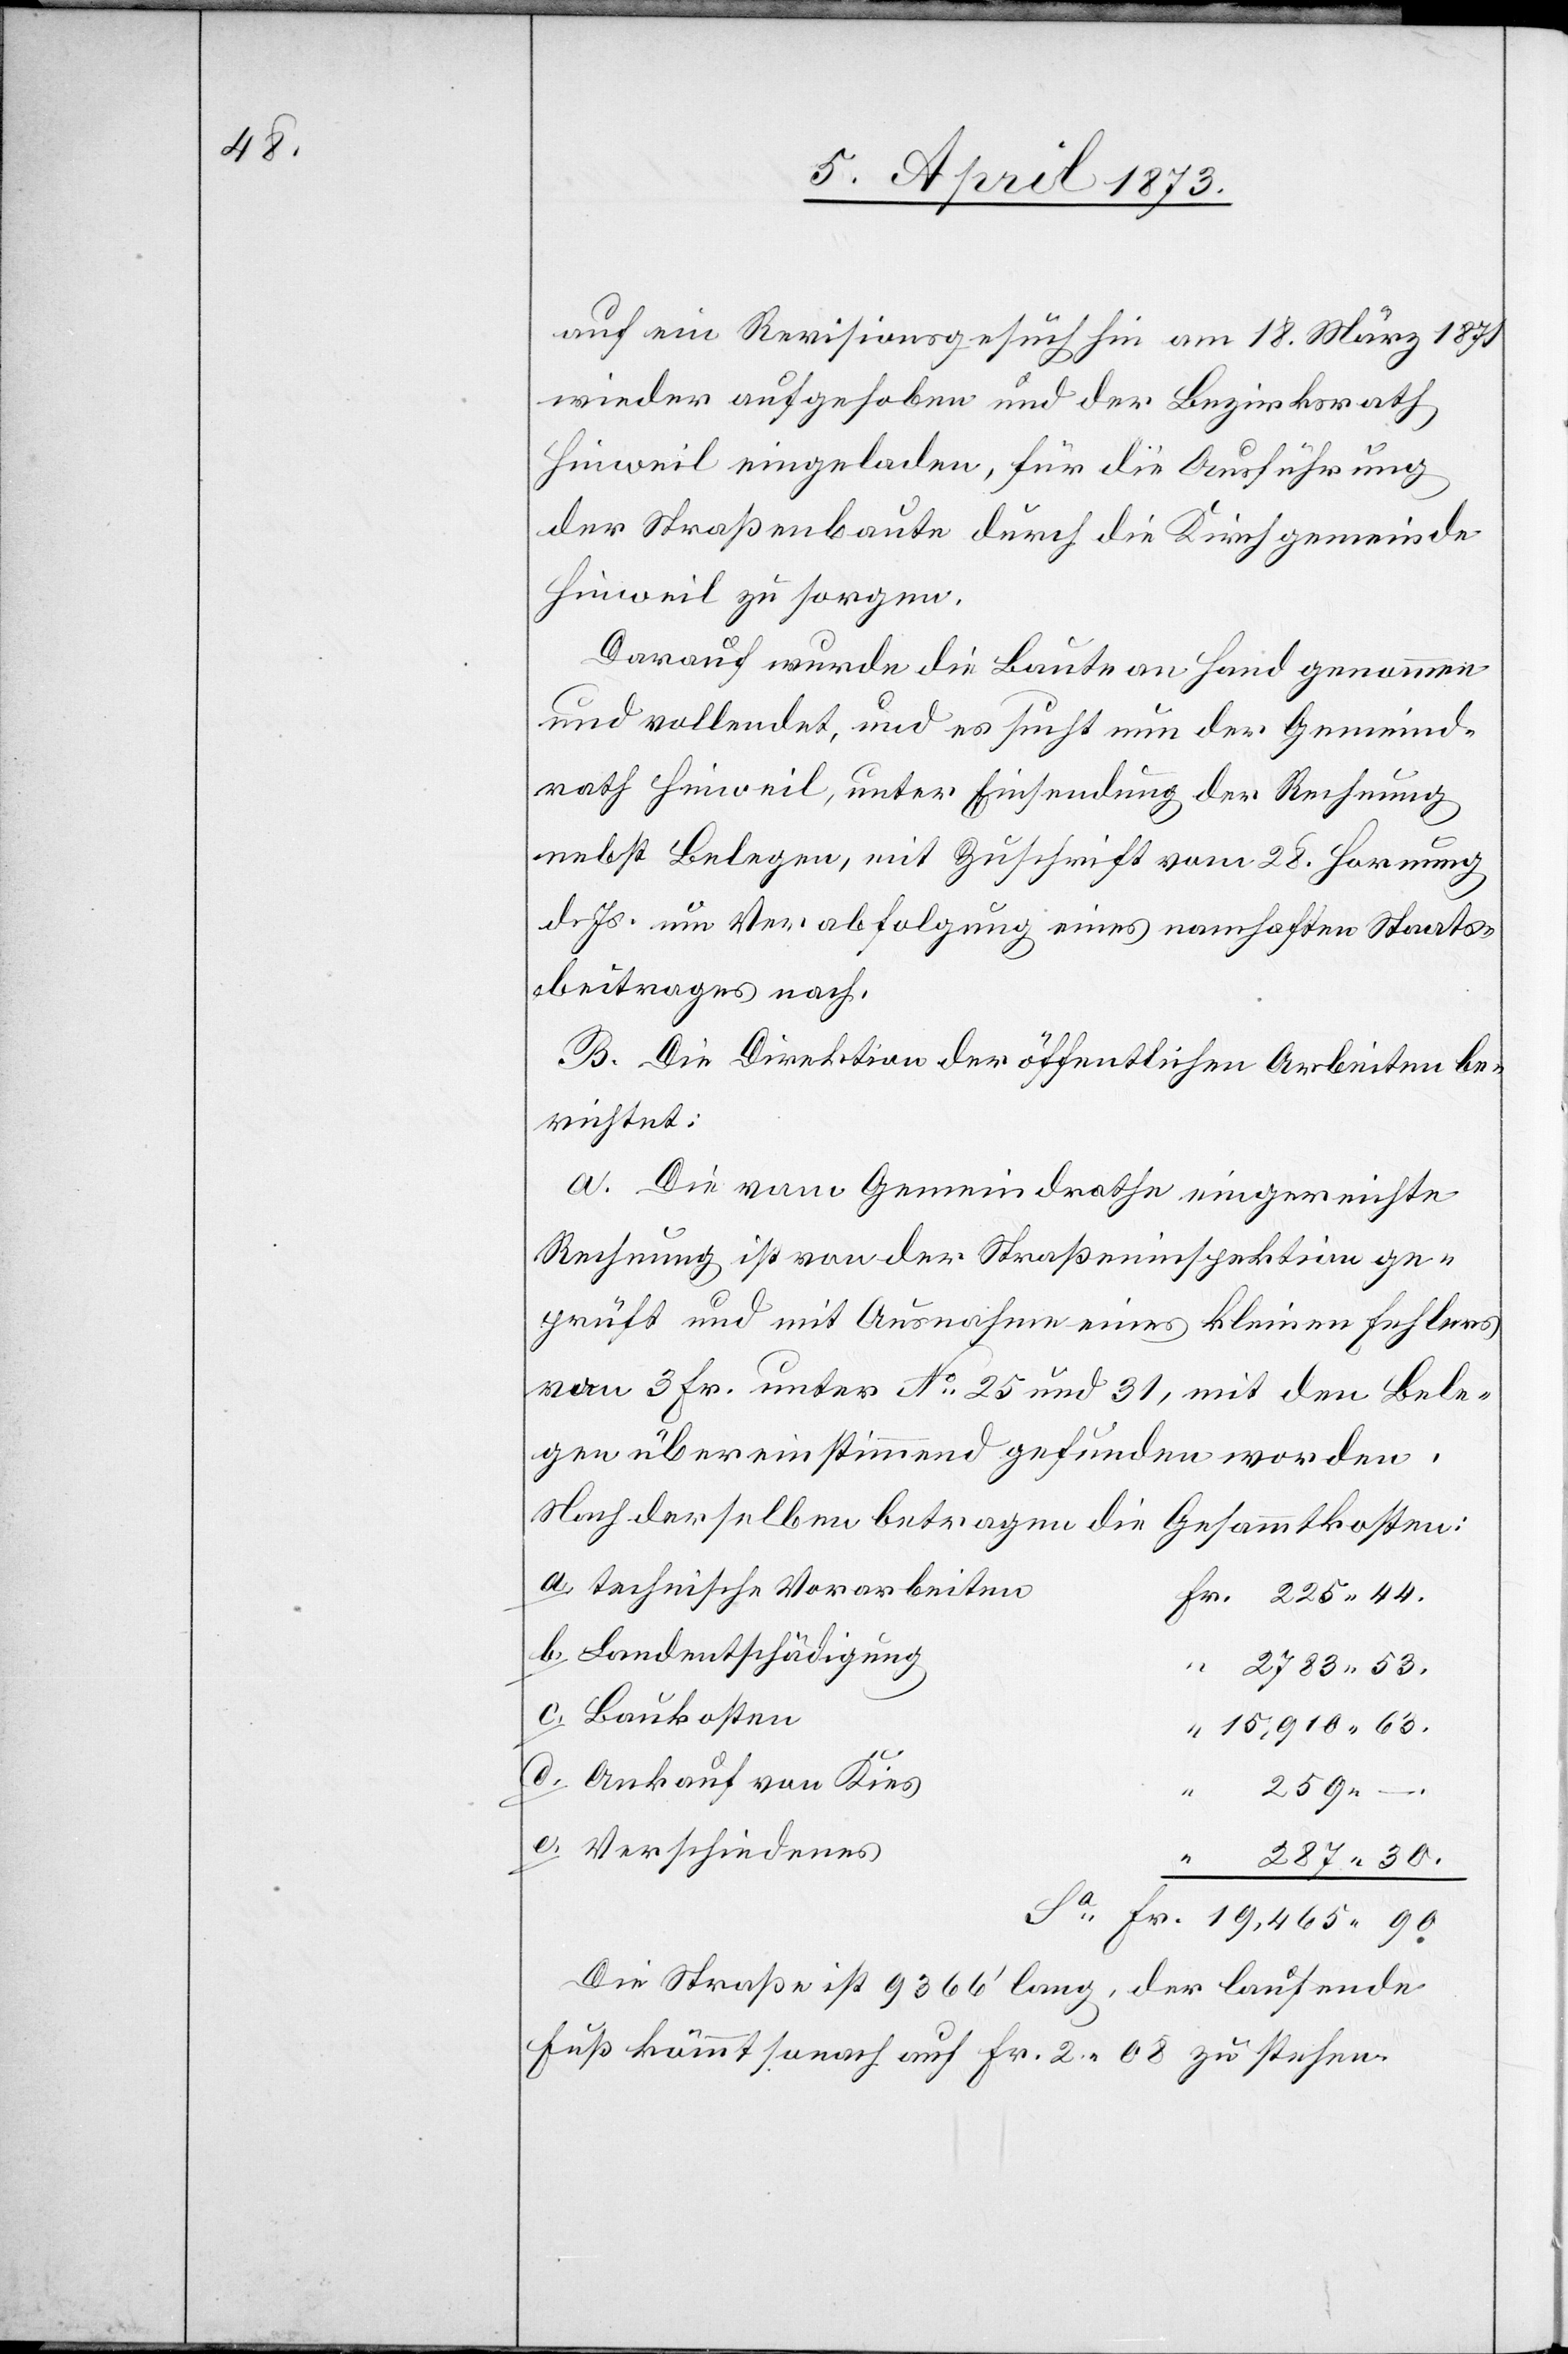
287.

auf ein Revisionsgesuch hin am 18. März 1871
wieder aufgehoben und der Bezirksrath
Hinweil eingeladen, für die Ausführung
der Straßenbaute durch die Kirchgemeinde
Hinweil zu sorgen.
Darauf wurde die Baute an Hand genommen
und vollendet, und es sucht nun der Gemeind¬
rath Hinweil, unter Einsendung der Rechnung
nebst Belegen, mit Zuschrift vom 28. Hornung
d. Js. um Verabfolgung eines namhaften Staats¬
beitrages nach.
B. Die Direktion der öffentlichen Arbeiten be¬
richtet:
a. Die vom Gemeindrathe eingereichte
Rechnung ist von der Straßeninspektion ge¬
prüft und mit Ausnahme eines kleinen Fehlers
von 3 Fr. unter No 25 und 31, mit den Bele¬
gen übereinstimmend gefunden worden.
Nach derselben betragen die Gesammtkosten:
a. technische Vorarbeiten
b. Landentschädigung
2783. 53.
c. Baukosten
15,910. 63.
d. Ankauf von Kies
259.
90.
e. Verschiedenes
Die Straße ist 9366’ lang, der laufende
Fuß kömmt sonach auf Fr. 2. 08 zu stehen.